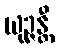
ယုဉ္ဇန္တီ